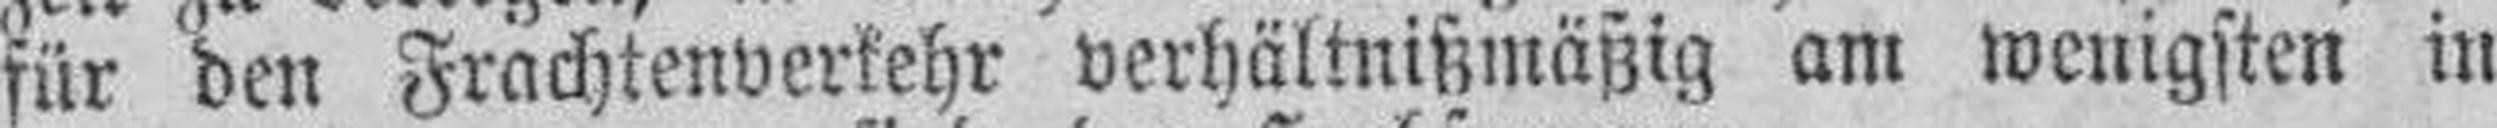
für den Frachtenverkehr verhältnißmäßig am wenigsten in